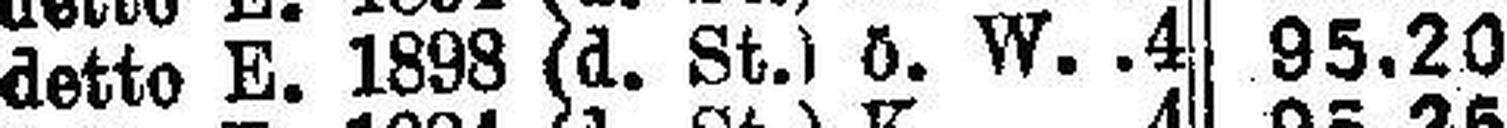
detto E. 1898 (d. St.) ö. W.4